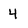
Character: 4